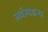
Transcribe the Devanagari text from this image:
सर्वस्वग्रन्थ